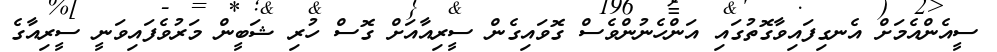
ސީއެންއެމަށް އެނގިފައިވާގޮތުގައި އަންހެނުންވެސް ގޮވައިގެން ސީރިއާއަށް ގޮސް ހުރި ޝަބީން މަރުވެފައިވަނީ ސީރިއާގެ